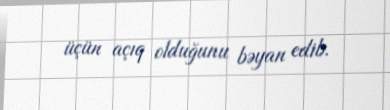
üçün açıq olduğunu bəyan edib.